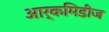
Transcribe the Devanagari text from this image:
आर्कमिडीज